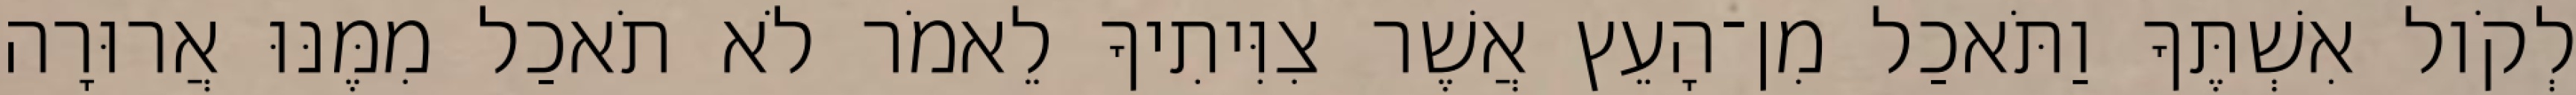
לְקֹול אִשְׁתֶּךָ וַתֹּאכַל מִן־הָעֵץ אֲשֶׁר צִוִּיתִיךָ לֵאמֹר לֹא תֹאכַל מִמֶּנּוּ אֲרוּרָה